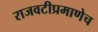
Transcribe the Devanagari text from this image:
राजवटीप्रमाणेच